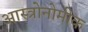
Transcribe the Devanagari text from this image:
आस्त्रोनोमीक